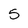
Character: 5